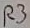
Text: R3